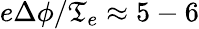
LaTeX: e\Delta\phi/\mathfrak{T}_{e}\approx5-6